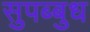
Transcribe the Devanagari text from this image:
सुपब्बुध